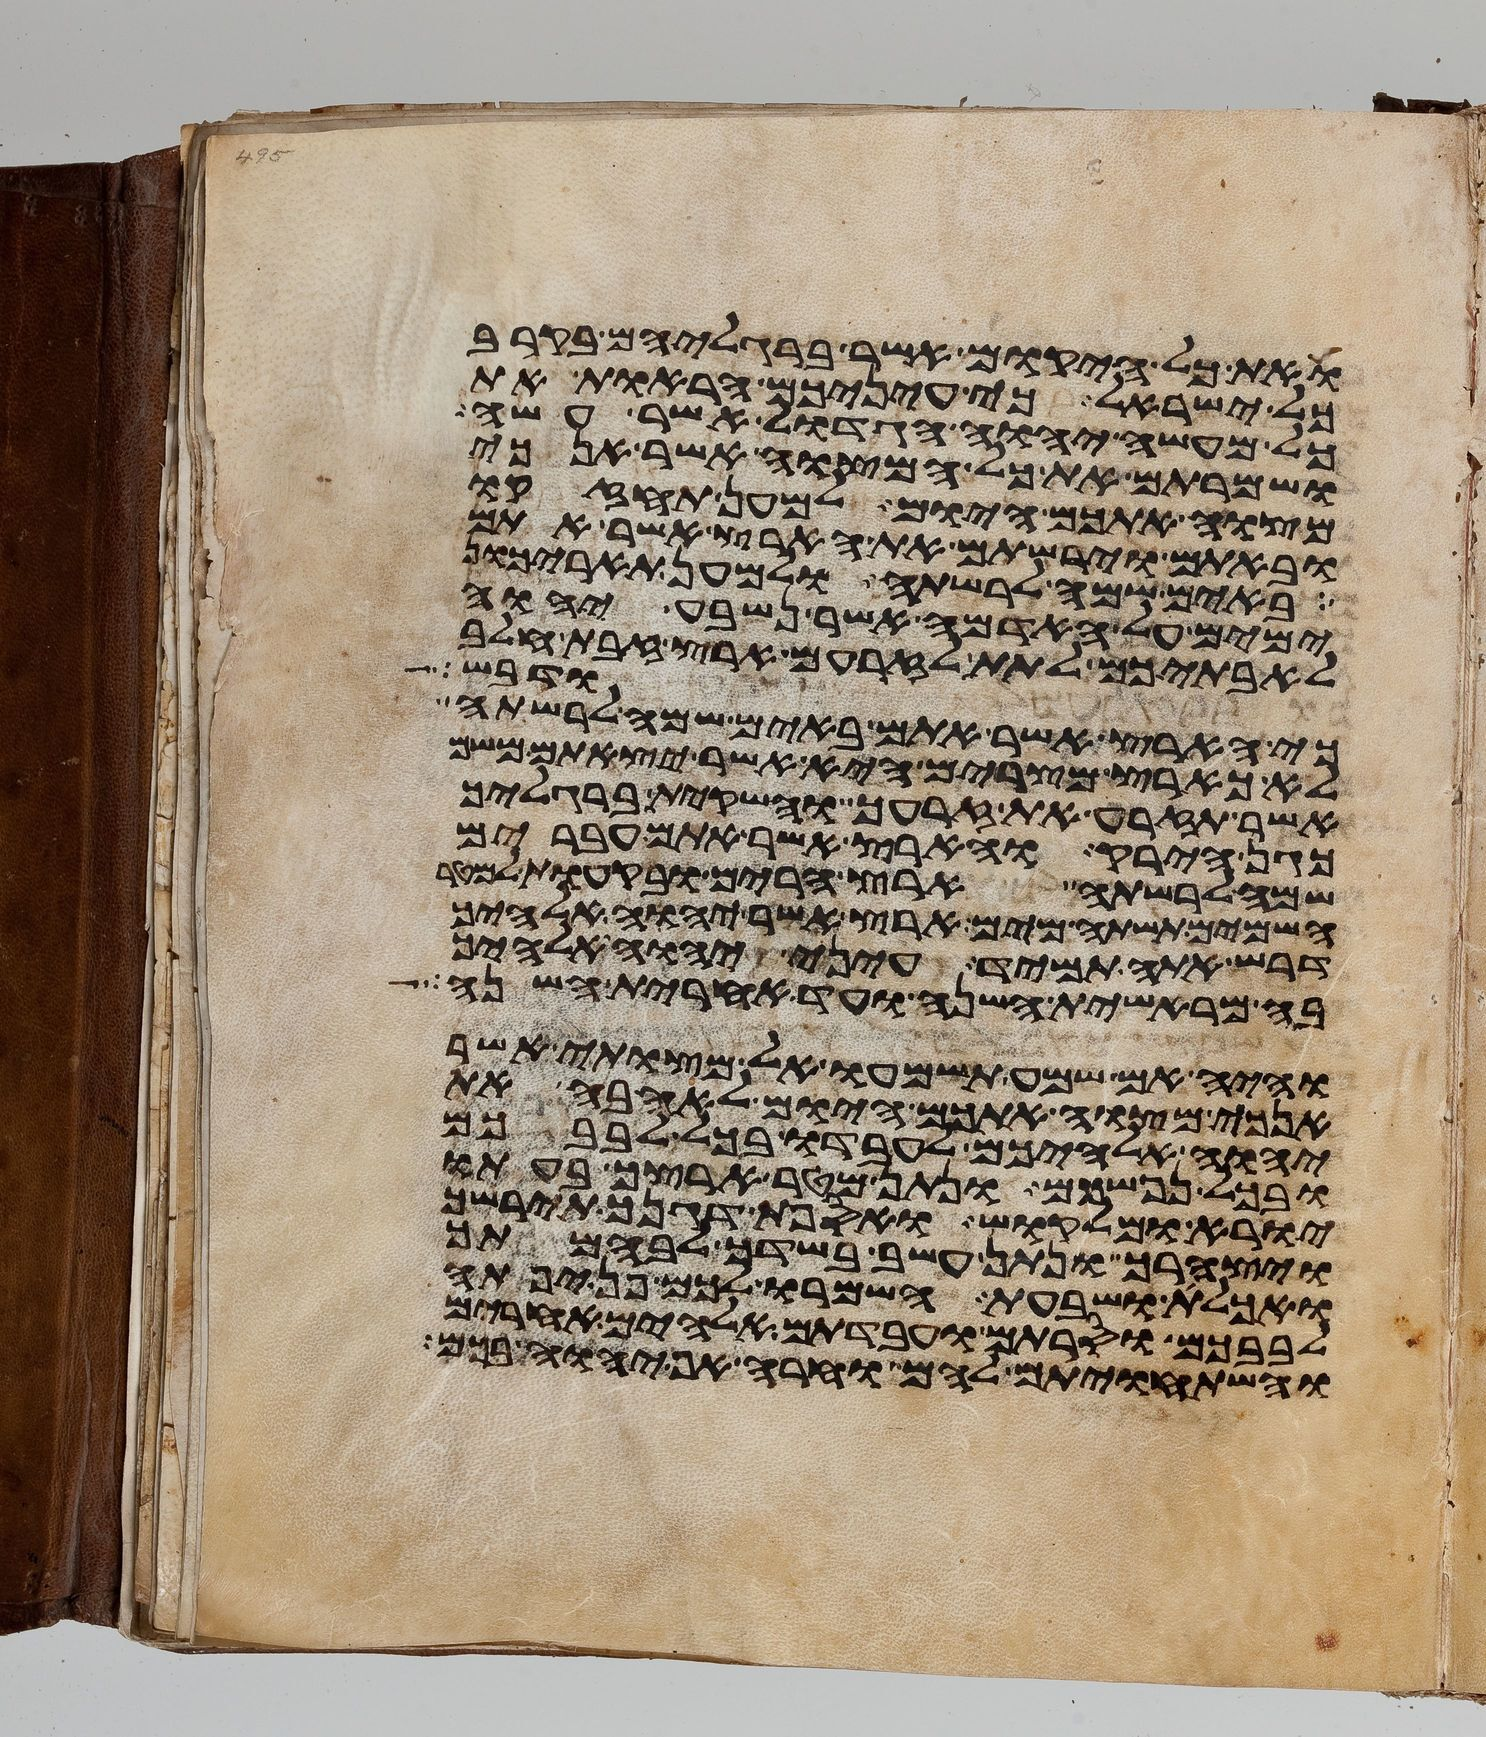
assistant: ואת כל היקום אשר ברגליהם בקרב
כל ישראל כי עיניכם הראות את
כל מעשה יהוה הגדול אשר עשה
ושמרתם את כל המצוה אשר אנכי
מצוה אתכם היום למען תחזקו
ובאתם וירשתם את הארץ אשר אתם
באים שמה לרשתה ולמען תאריכון
ימים על האדמה אשר נשבע יהוה
לאבתיכם לתת לזרעם ארץ זבת חלב
ודבש
כי הארץ אשר אתם באים שמה לרשתה
לא כארץ מצרים היא אשר יצאתם משם
אשר תזרע את זרעך והשקית ברגליך
כגן הירק והארץ אשר אתם עברים
שמה לרשתה ארץ הרים ובקעות למטר
השמים תשתה מים ארץ אשר יהוה אלהיך
דרש אתה תמיד עיני יהוה אלהיך
בה מראשית השנה ועד אחרית השנה
והיה אם שמע תשמעו אל מצותי אשר
אנכי מצוה אתכם היום לאהבה את
יהוה אלהיכם לעבדו בכל לבבכם
ובכל נפשכם ונתן מטר ארצך בעתו
יורא ומלקוש ואספת דגנך תירשך
ויצהרך ונתן עשב בשדך לבהמתך
ואכלת ושבעת השמרו לכם פן יפתה
לבבכם וסרתם ועבדתם אלהים אחרים
והשתחויתם להם וחרה אף יהוה בכם